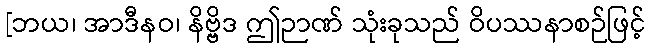
[ဘယ၊ အာဒီနဝ၊ နိဗ္ဗိဒ ဤဉာဏ် သုံးခုသည် ဝိပဿနာစဉ်ဖြင့်